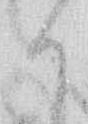
か